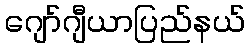
ဂျော်ဂျီယာပြည်နယ်